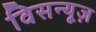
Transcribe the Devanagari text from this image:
विसन्यूज़